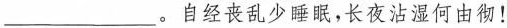
___。自经丧乱少睡眠，长夜沾湿何由彻！